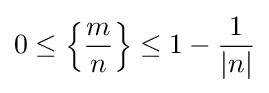
0\leq \left\{{\frac {m}{n}}\right\}\leq 1-{\frac {1}{|n|}}